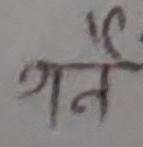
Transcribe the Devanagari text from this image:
गने